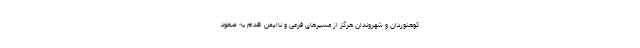
کوهنوردان و شهروندان هرگز از مسیرهای فرعی و ناایمن اقدام به صعود